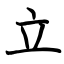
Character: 立